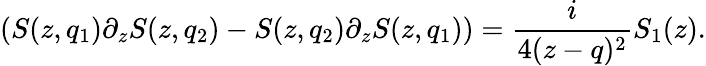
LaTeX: (S(z,q_{1})\partial_{z}S(z,q_{2})-S(z,q_{2})\partial_{z}S(z,q_{1}))={\frac{i}{4(z-q)^{2}}}S_{1}(z).